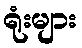
ရုံးများ